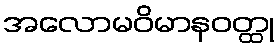
အလောမဝိမာနဝတ္ထု